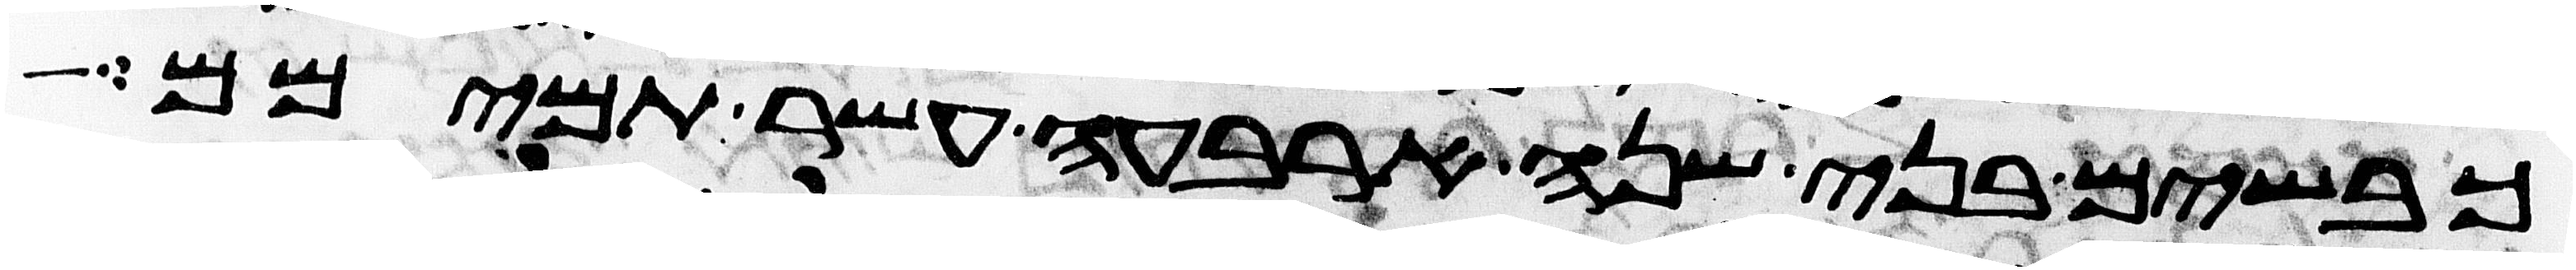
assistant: כבשים בני שנה ארבעה עשר תמימם